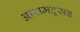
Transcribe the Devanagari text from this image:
आरामदूसक